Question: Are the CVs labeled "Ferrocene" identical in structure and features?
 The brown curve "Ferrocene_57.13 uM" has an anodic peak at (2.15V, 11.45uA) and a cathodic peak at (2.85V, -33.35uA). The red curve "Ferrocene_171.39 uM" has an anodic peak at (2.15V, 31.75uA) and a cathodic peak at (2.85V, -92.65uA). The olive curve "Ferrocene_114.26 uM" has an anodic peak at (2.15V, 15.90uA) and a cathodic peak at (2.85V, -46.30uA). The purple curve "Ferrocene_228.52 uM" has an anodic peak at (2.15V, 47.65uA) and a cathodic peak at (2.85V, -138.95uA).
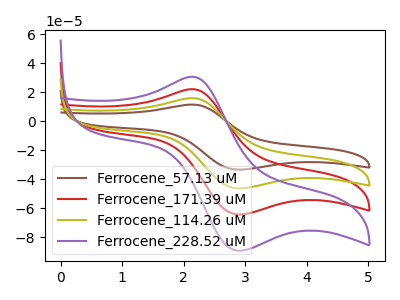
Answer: <think>All the peaks in "Ferrocene_57.13 uM" have a peak in "Ferrocene_171.39 uM" at the same potential. Every peak in "Ferrocene_57.13 uM" is lower than every peak in "Ferrocene_171.39 uM". All the peaks in "Ferrocene_57.13 uM" have a peak in "Ferrocene_114.26 uM" at the same potential. Every peak in "Ferrocene_57.13 uM" is lower than every peak in "Ferrocene_114.26 uM". All the peaks in "Ferrocene_57.13 uM" have a peak in "Ferrocene_228.52 uM" at the same potential. Every peak in "Ferrocene_57.13 uM" is lower than every peak in "Ferrocene_228.52 uM". All the peaks in "Ferrocene_171.39 uM" have a peak in "Ferrocene_114.26 uM" at the same potential. Every peak in "Ferrocene_171.39 uM" is higher than every peak in "Ferrocene_114.26 uM". All the peaks in "Ferrocene_171.39 uM" have a peak in "Ferrocene_228.52 uM" at the same potential. Every peak in "Ferrocene_171.39 uM" is lower than every peak in "Ferrocene_228.52 uM". All the peaks in "Ferrocene_114.26 uM" have a peak in "Ferrocene_228.52 uM" at the same potential. Every peak in "Ferrocene_114.26 uM" is lower than every peak in "Ferrocene_228.52 uM".
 </think>
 <answer>All the CV's of "Ferrocene" have similar shape.</answer>
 <eval>follow_rule</eval>